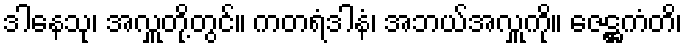
ဒါနေသု၊ အလှူတို့တွင်။ ကတရံဒါနံ၊ အဘယ်အလှူကို။ ဇေဋ္ဌကံတိ၊